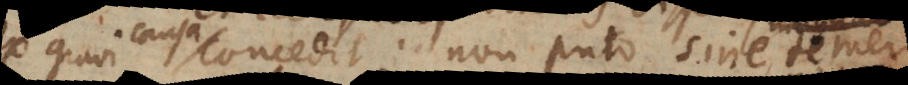
tionem concedit; non puto, sine temer